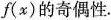
f(x)的奇偶性。